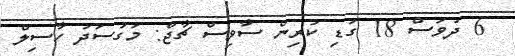
6 ދުވަސް 18 ގަޑި ކުރިން ސާވިސް ޗާޖް: މަގުސަދު ހާސިލް